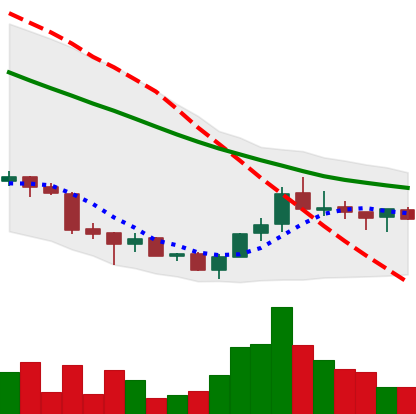
Ticker: ADA-USD
Chart end date: 2018-07-08
Forward return: -5.16%
Label: down_5_7